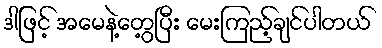
ဒါဖြင့် အမေနဲ့တွေ့ပြီး မေးကြည့်ချင်ပါတယ်